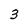
Character: 3